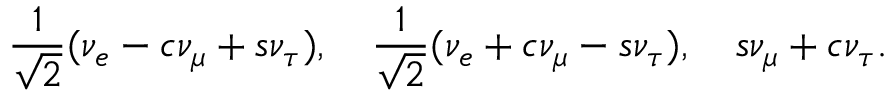
{ \frac { 1 } { \sqrt 2 } } ( \nu _ { e } - c \nu _ { \mu } + s \nu _ { \tau } ) , ~ ~ ~ { \frac { 1 } { \sqrt 2 } } ( \nu _ { e } + c \nu _ { \mu } - s \nu _ { \tau } ) , ~ ~ ~ s \nu _ { \mu } + c \nu _ { \tau } .